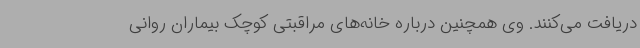
دریافت می‌کنند. وی همچنین درباره خانه‌های مراقبتی کوچک بیماران روانی